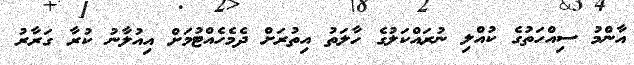
އާންމު ސިއްހަތުގެ ކުއްލި ނުރައްކަލުގެ ހާލަތު އިތުރަށް ދެމެހެއްޓުމަށް އިއުލާނު ކުރާ ގަރާރު